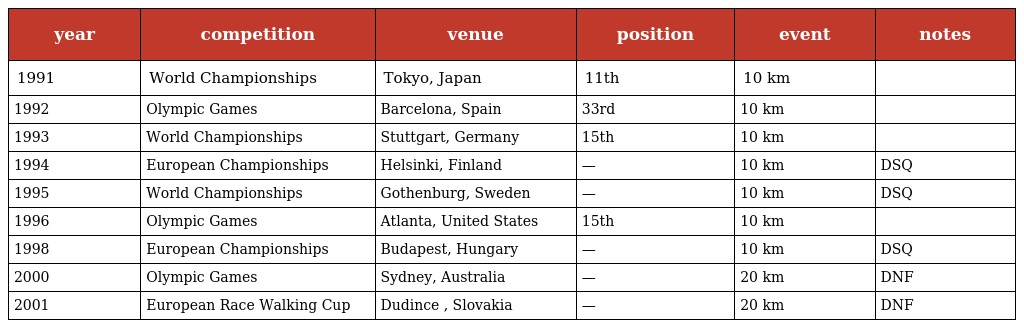
| year | competition | venue | position | event | notes |
 | --- | --- | --- | --- | --- | --- |
 | 1991 | World Championships | Tokyo, Japan | 11th | 10 km |  |
 | 1992 | Olympic Games | Barcelona, Spain | 33rd | 10 km |  |
 | 1993 | World Championships | Stuttgart, Germany | 15th | 10 km |  |
 | 1994 | European Championships | Helsinki, Finland | — | 10 km | DSQ |
 | 1995 | World Championships | Gothenburg, Sweden | — | 10 km | DSQ |
 | 1996 | Olympic Games | Atlanta, United States | 15th | 10 km |  |
 | 1998 | European Championships | Budapest, Hungary | — | 10 km | DSQ |
 | 2000 | Olympic Games | Sydney, Australia | — | 20 km | DNF |
 | 2001 | European Race Walking Cup | Dudince , Slovakia | — | 20 km | DNF |